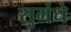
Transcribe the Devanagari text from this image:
सुगंधे